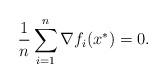
LaTeX: \begin{align*} \frac{1}{n}\sum_{i=1}^n \nabla f_i(x^\ast) = 0.\end{align*}